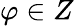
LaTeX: \varphi\in Z